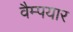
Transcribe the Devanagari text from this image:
वैम्पयार